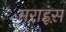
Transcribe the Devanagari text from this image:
मराइंस